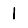
Digit: 1